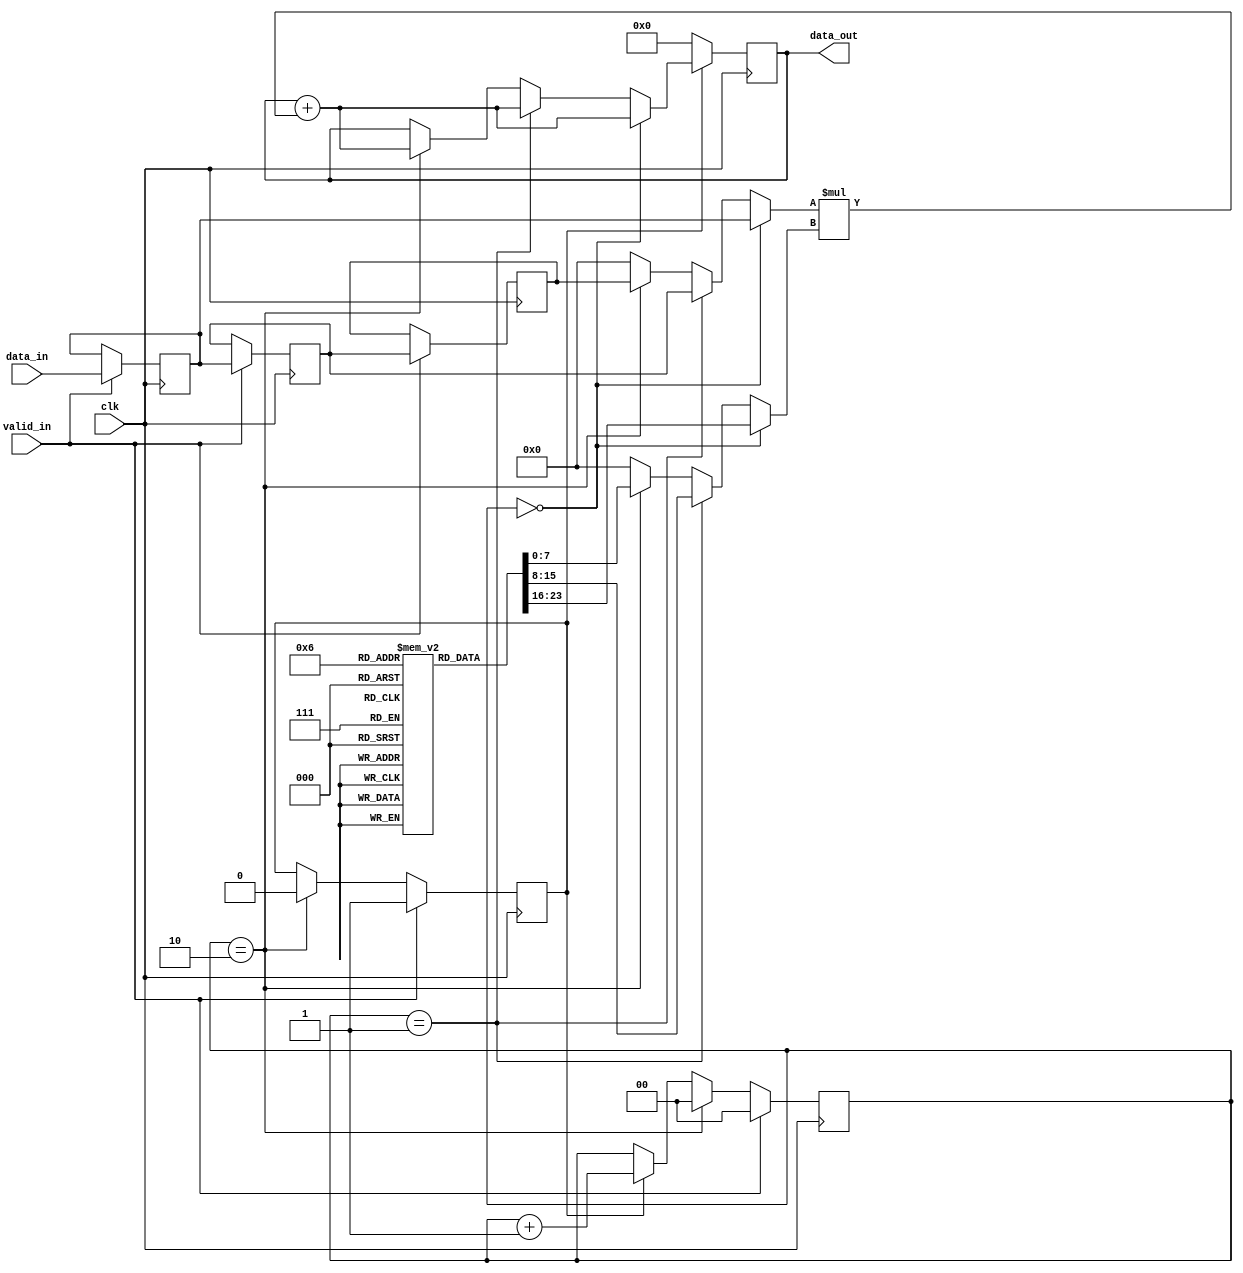
module fir (
data_in, valid_in,data_out,clk
);
input clk;

input signed [7:0] data_in;
input  valid_in;


output reg signed [14:0] data_out;

reg signed [7:0] x [2:0];
reg signed [7:0] h [2:0];
reg signed [7:0] m0,m1;

initial begin
h[0]=5;
h[1]=-5;
h[2]=15;
end

always @(posedge clk) begin
if (valid_in)begin
x[0]<=data_in;
x[1]<=x[0];
x[2]<=x[1];
end
end



reg en_d;
reg cnt_en;
reg [1:0] cnt;
wire flag;

always @(posedge clk)
if (valid_in)
cnt_en <= 1;
else if (cnt ==2)
cnt_en <= 0;

always @(posedge clk)
if (valid_in)
cnt <= 0;
else if (cnt ==2)
cnt <= 0;
else if (cnt_en)
cnt <= cnt + 1;




always @* 
begin
    m0 =0;
    if (cnt == 0)
    m0 = x[0];
    else if (cnt == 1)
    m0 = x[1];
    else if (cnt == 2)
    m0 = x[2];
end

always @* 
begin
    m1 =0;
    if (cnt == 0)
    m1 = h[0];
    else if (cnt == 1)
    m1 = h[1];
    else if (cnt == 2)
    m1 = h[2];
end

wire [14:0] m = m0*m1;

always @(posedge clk) begin

if (cnt_en == 0)
data_out <= 0;
else
if (cnt ==0) begin
    data_out <= data_out +m;
end

else if (cnt ==1) begin
    data_out <= data_out +m;
end

else if (cnt ==2) begin
    data_out <= data_out +m;
end

end

always @(posedge clk)
    en_d <= cnt_en;

assign flag = en_d &(!cnt_en);

endmodule